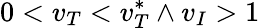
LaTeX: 0<v_{T}<v_{T}^{*}\land v_{I}>1